Vaccination in the Punjab 1867-1880 - 1867-1880
Year: 1867
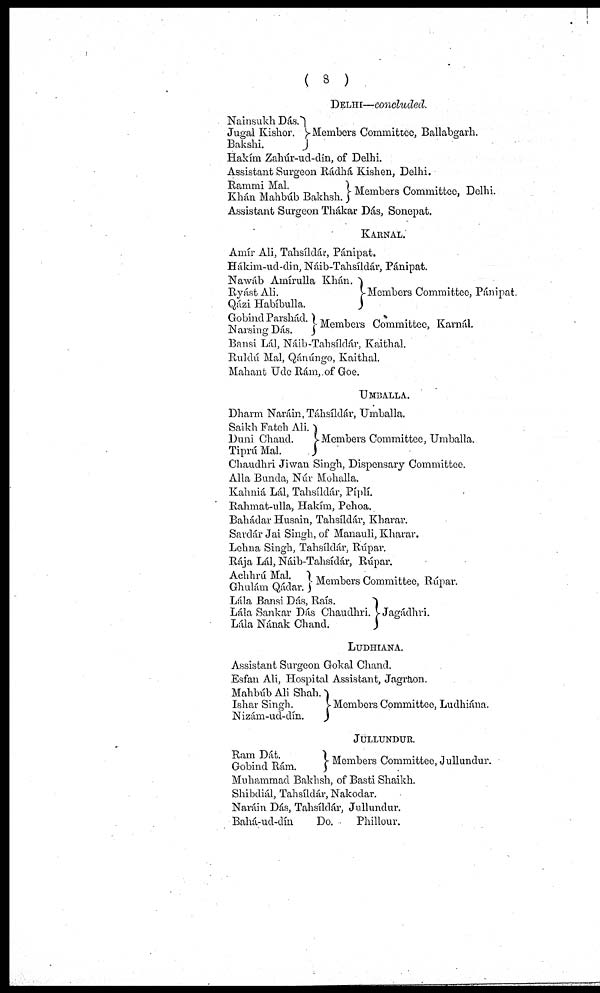
( 8 )
DELHI—concluded.
Nainsukh Dás.
Jugal Kishor.
Bakshi.
Members Committee, Ballabgarh.
Hakím Zahúr-ud-dín, of Delhi.
Assistant Surgeon Rádhá Kishen, Delhi.
Rammi Mal.
Khán Mahbúb Bakhsh.
Members Committee, Delhi.
Assistant Surgeon Thákar DÌs, Sonepat.
KARNAL.
Amír Ali, Tahsíldár, Pánipat.
Hákim-ud-din, Náib-Tahsíldár, Pánipat.
Nawáb Amírulla Khán.
Ryást Ali.
Qázi Habíbulla.
Gobind Parshád.
Narsing Dás.
Members Committee, Pánipat.
Members Committee, Karnal.
Bansi Lál, Náib-Tahsíldár, Kaithal.
Ruldú Mal, Qánúngo, Kaithal.
Mahant Udc Rám, of Goe.
UMBALLA.
Dharm Naráin, Táhsíldár, Umballa.
Saikh Fateh Ali.
Duni Chand.
Tiprú Mal.
Members Committee, Umballa.
Chaudhri Jiwan Singh, Dispensary Committee.
Alla Bunda, Núir Mohalla.
Kahniá Lal, Tahsíldár, Píplí.
Rahmat-ulla, Hakím, Pehoa.
Bahádar Husain, Tahsíldár, Kharar.
SardÎr Jai Singh, of Manauli, Kharar.
Lohna Singh, Tahsíldár, Rúpar.
Rája Lái, Náib-Tahsídár, Rúpar.
Achhrú Mal.
Ghulám Qádar.
Members Committee, Rúpar.
Lála Bansi Dás, Raís.
Lála Sankar Dás Chaudhri.
Lála Nának Chand.
Jagádhri.
LUDHIANA.
Assistant Surgeon Gokal Chand.
Esfan Ali, Hospital Assistant, Jagraon.
Mahbúb Ali Shah.
Ishar Singh.
Nizám-ud-dín.
Members Committee, Ludhiána.
JULLUNDUE.
Ram Dát.
Gobind Rám.
Members Committee, Jullundur.
Muhammad Bakhsh, of Basti Shaikh.
Shibdiál, Tahsíldár, Nakodar.
Naráin Dás, Tahsíldár, Jullundur.
Bahá-ud-dín
Do.
Phillour.